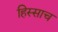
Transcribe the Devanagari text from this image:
हिस्साच